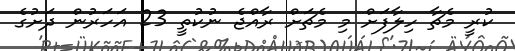
ކުރީ މެޗާ ހިލާފަށް މި މެޗަށް ރާއްޖެ ނުކުތީ 23 އަހަރުން ދަށުގެ